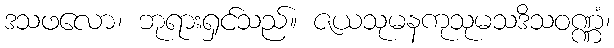
ဒသဖလော၊ ဘုရားရှင်သည်။ ဇယသုမနကုသုမသဒိသဝဏ္ဏံ၊